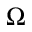
\Omega